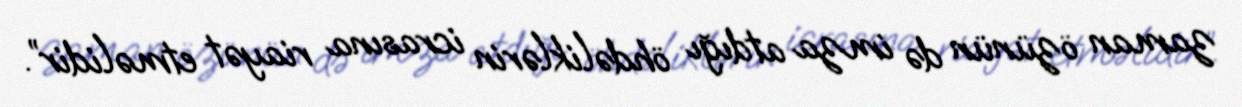
zaman özünün də imza atdığı öhdəliklərin icrasına riayət etməlidir”.